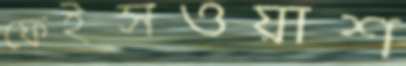
ফেইসওয়াশ